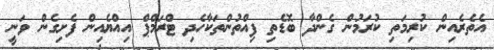
އެތެރެއިން ކުރިމަތި ކުރަމުން ގެންދާ ބޮޑެތި ފިއްތުންތަކާހެދި ޓްރަމްޕް އިއްޔެއިން ފެށިގެން ވަނީ